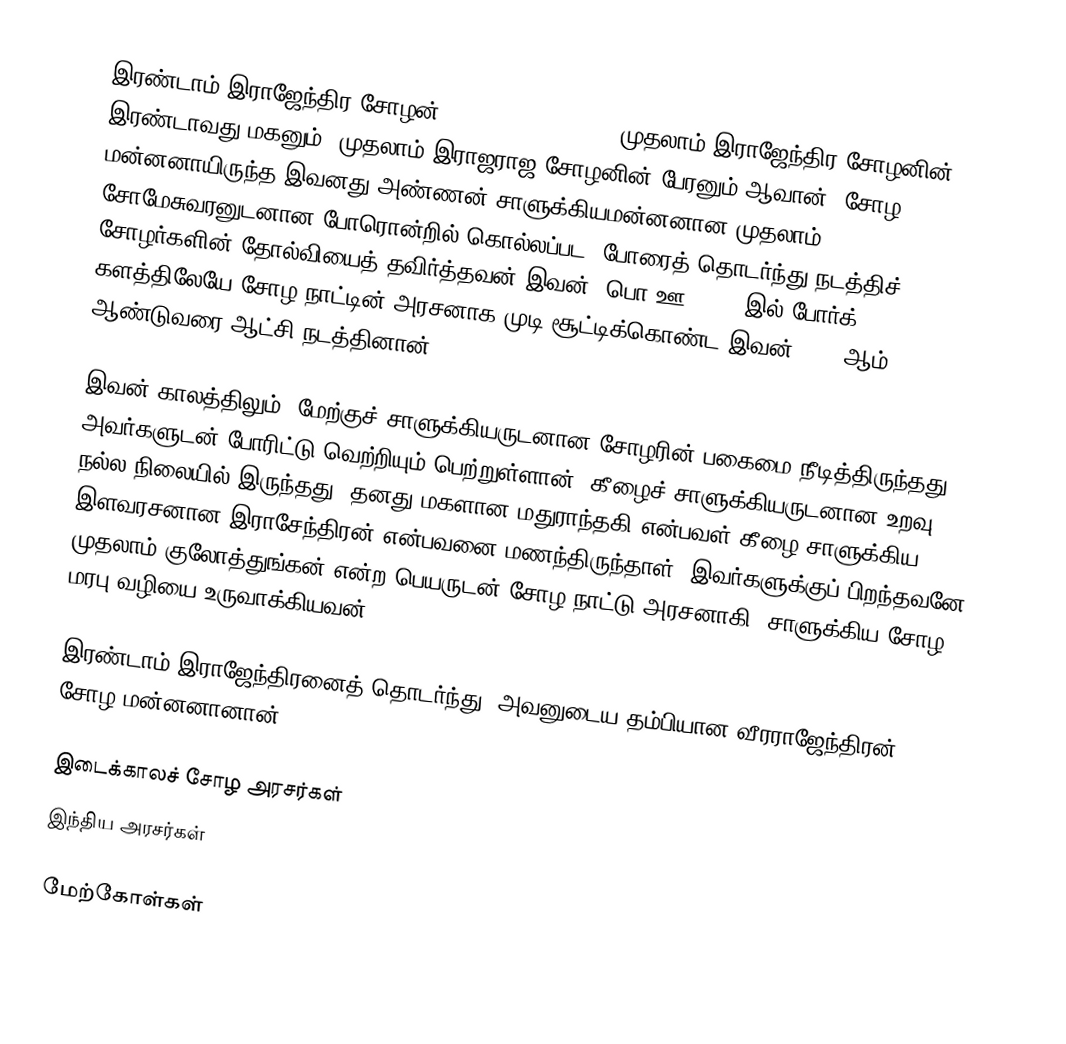
இரண்டாம் இராஜேந்திர சோழன் (Rajendra Chola II) முதலாம் இராஜேந்திர சோழனின் இரண்டாவது மகனும், முதலாம் இராஜராஜ சோழனின் பேரனும் ஆவான். சோழ மன்னனாயிருந்த இவனது அண்ணன் சாளுக்கியமன்னனான முதலாம் சோமேசுவரனுடனான போரொன்றில் கொல்லப்பட, போரைத் தொடர்ந்து நடத்திச் சோழர்களின் தோல்வியைத் தவிர்த்தவன் இவன். பொ.ஊ. 1054 இல் போர்க் களத்திலேயே சோழ நாட்டின் அரசனாக முடி சூட்டிக்கொண்ட இவன் 1064 ஆம் ஆண்டுவரை ஆட்சி நடத்தினான்.

இவன் காலத்திலும், மேற்குச் சாளுக்கியருடனான சோழரின் பகைமை நீடித்திருந்தது. அவர்களுடன் போரிட்டு வெற்றியும் பெற்றுள்ளான். கீழைச் சாளுக்கியருடனான உறவு நல்ல நிலையில் இருந்தது. தனது மகளான மதுராந்தகி என்பவள் கீழை சாளுக்கிய இளவரசனான இராசேந்திரன் என்பவனை மணந்திருந்தாள். இவர்களுக்குப் பிறந்தவனே முதலாம் குலோத்துங்கன் என்ற பெயருடன் சோழ நாட்டு அரசனாகி, சாளுக்கிய சோழ மரபு வழியை உருவாக்கியவன்.

இரண்டாம் இராஜேந்திரனைத் தொடர்ந்து, அவனுடைய தம்பியான வீரராஜேந்திரன் சோழ மன்னனானான்.

இடைக்காலச் சோழ அரசர்கள்
இந்திய அரசர்கள்

மேற்கோள்கள்